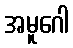
အမူဂေါ